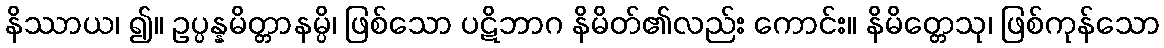
နိဿာယ၊ ၍။ ဥပ္ပန္နမိတ္တာနမ္ပိ၊ ဖြစ်သော ပဋိဘာဂ နိမိတ်၏လည်း ကောင်း။ နိမိတ္တေသု၊ ဖြစ်ကုန်သော